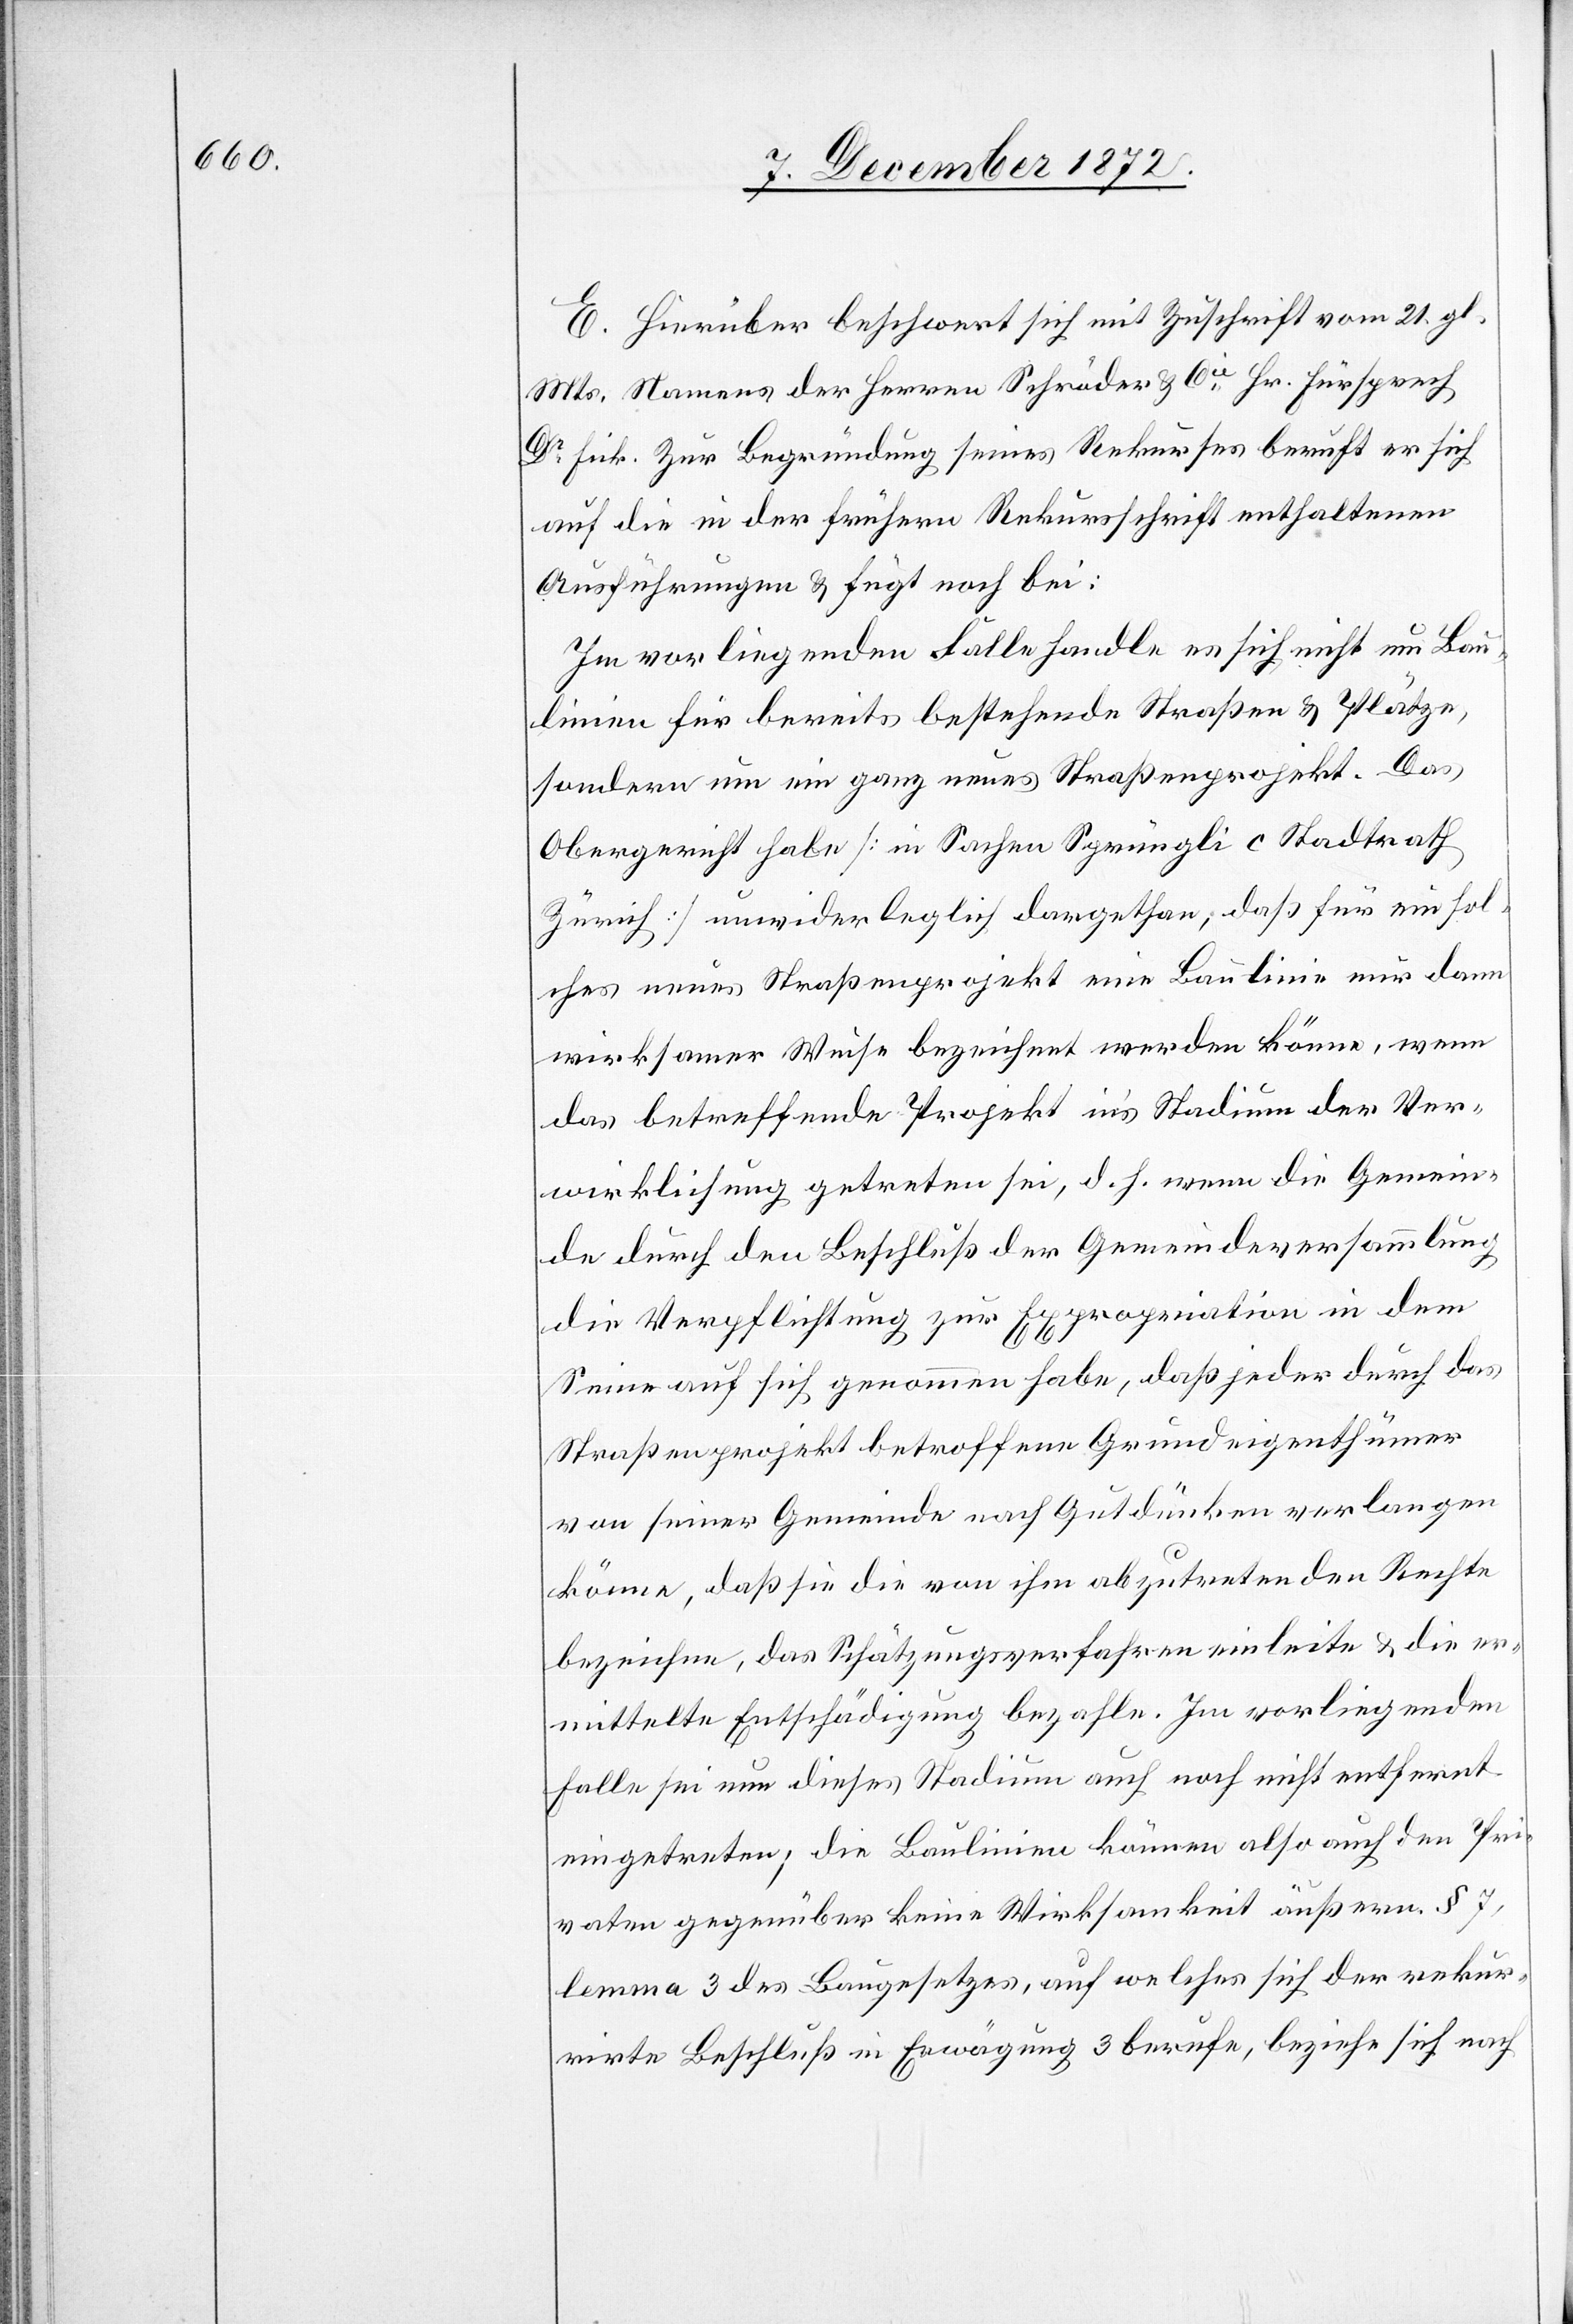
E. Hierüber beschwert sich mit Zuschrift vom 21. gl.
Mts. Namens der Herren Schröder u. Cie Hr. Fürsprech
Dr Fick. Zur Begründung seines Rekurses beruht er sich
auf die in der frühern Rekursschrift enthaltenen
Ausführungen u. fügt noch bei:
Im vorliegenden Falle handle es sich nicht um Bau¬
linien für bereits bestehende Straßen u. Plätze,
sondern um ein ganz neues Straßenprojekt. Das
Obergericht habe [in Sachen Sprüngli c Stadtrath
Zürich] unwiderleglich dargethan, daß für ein sol¬
ches neues Straßenprojekt eine Baulinie nur dann
wirksamer Weise bezeichnet werden könne, wenn
das betreffende Projekt in’s Stadium der Ver¬
wirklichung getreten sei, d. h. wenn die Gemein¬
de durch den Beschluß der Gemeindeversammlung
die Verpflichtung zur Expropriation in dem
Sinne auf sich genommen habe, daß jeder durch das
Straßenprojekt betroffene Grundeigenthümer
von seiner Gemeinde nach Gutdünken verlangen
könne, daß sie die von ihm abzutretenden Rechte
bezeichne, das Schätzungsverfahren einleite u. die er¬
mittelte Entschädigung bezahle. Im vorliegenden
Falle sei nun dieses Stadium auch noch nicht entfernt
eingetreten; die Baulinien können also auch den Pri¬
vaten gegenüber keine Wirksamkeit äußern. § 7,
lemma 3 des Baugesetzes, auf welches sich der rekur¬
rirte Beschluß in Erwägung 3 berufe, beziehe sich nach